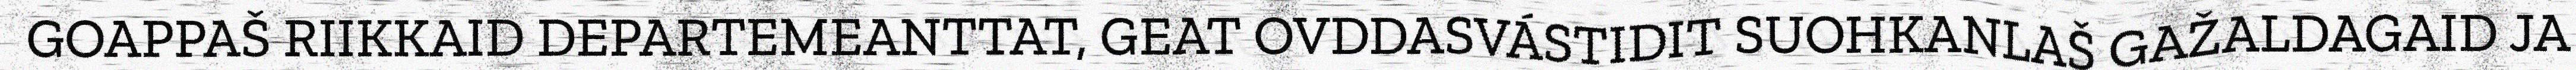
GOAPPAŠ RIIKKAID DEPARTEMEANTTAT, GEAT OVDDASVÁSTIDIT SUOHKANLAŠ GAŽALDAGAID JA